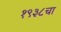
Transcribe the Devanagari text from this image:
१९३८चा